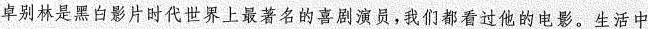
卓别林是黑白影片时代世界上最著名的喜剧演员，我们都看过他的电影。生活中